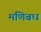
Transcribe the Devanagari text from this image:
मणिबध